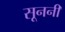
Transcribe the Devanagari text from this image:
सूननी